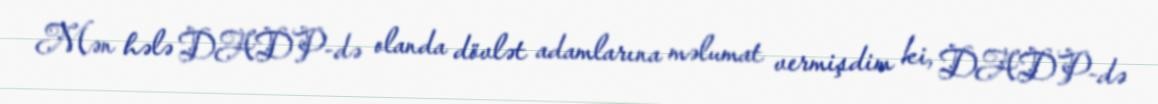
Mən hələ DADP-də olanda dövlət adamlarına məlumat vermişdim ki, DADP-də